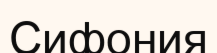
Сифония